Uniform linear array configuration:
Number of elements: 12
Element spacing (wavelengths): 0.5
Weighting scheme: hamming
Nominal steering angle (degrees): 60
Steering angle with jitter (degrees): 58.971
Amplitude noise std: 0.05
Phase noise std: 0.05

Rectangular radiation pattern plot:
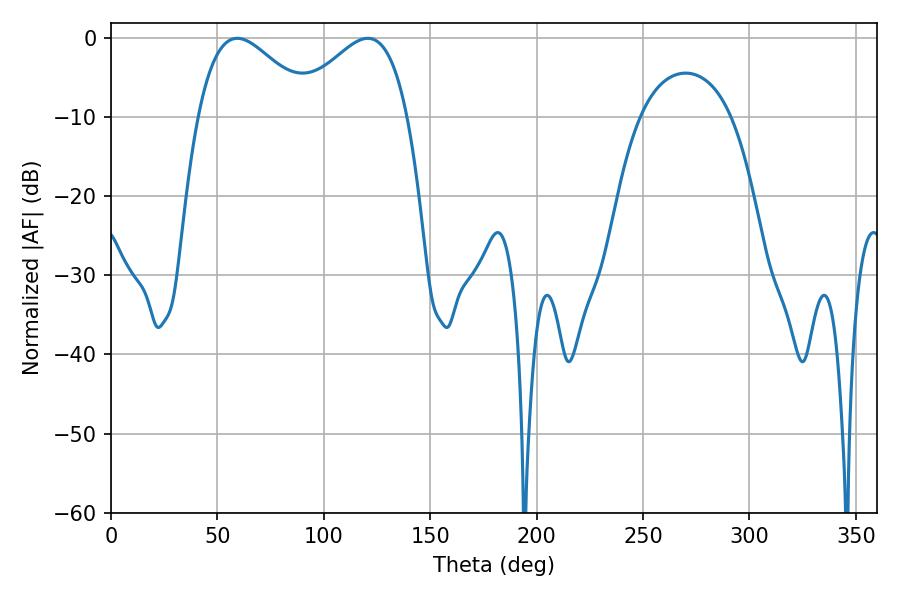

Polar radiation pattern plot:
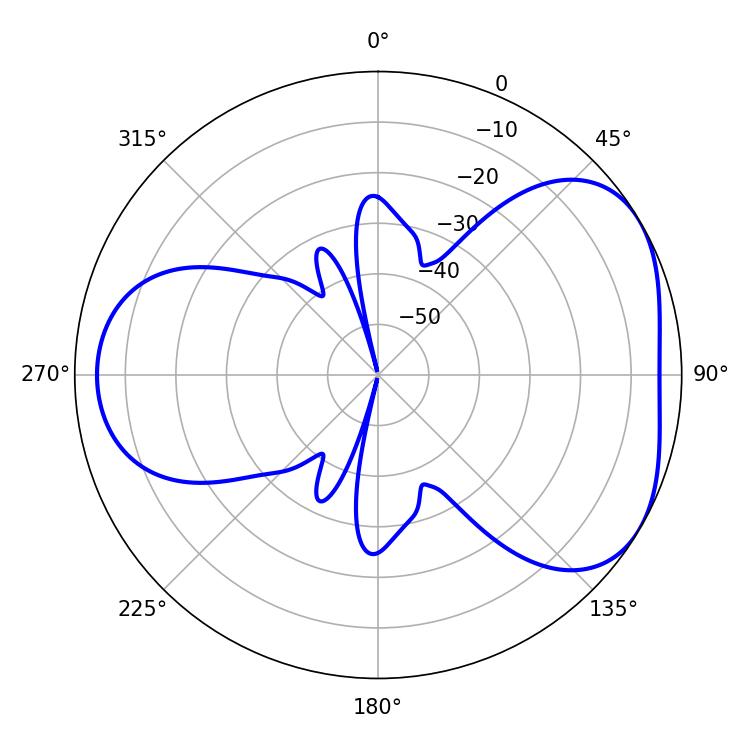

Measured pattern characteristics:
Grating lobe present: FALSE
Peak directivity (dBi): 4.347
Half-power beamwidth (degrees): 29.16
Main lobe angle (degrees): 59.4